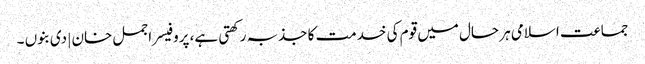
جماعت اسلامی ہر حال میں قوم کی خدمت کا جذبہ رکھتی ہے، پروفیسر اجمل خان | دی بنوں ۔